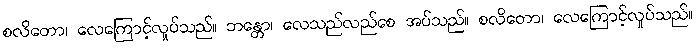
စလိတော၊ လေကြောင့်လှုပ်သည်။ ဘန္တော၊ လေသည်လည်စေ အပ်သည်။ စလိတော၊ လေကြောင့်လှုပ်သည်။